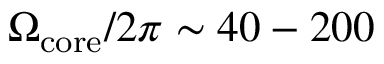
\Omega _ { \mathrm { c o r e } } / 2 \pi \sim 4 0 - 2 0 0